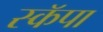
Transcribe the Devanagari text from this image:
स्कॅपा